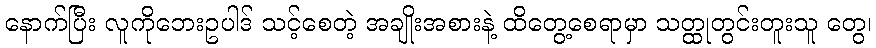
နောက်ပြီး လူကိုဘေးဥပါဒ် သင့်စေတဲ့ အချိုးအစားနဲ့ ထိတွေ့စေရာမှာ သတ္ထုတွင်းတူးသူ တွေ၊